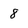
Character: 8